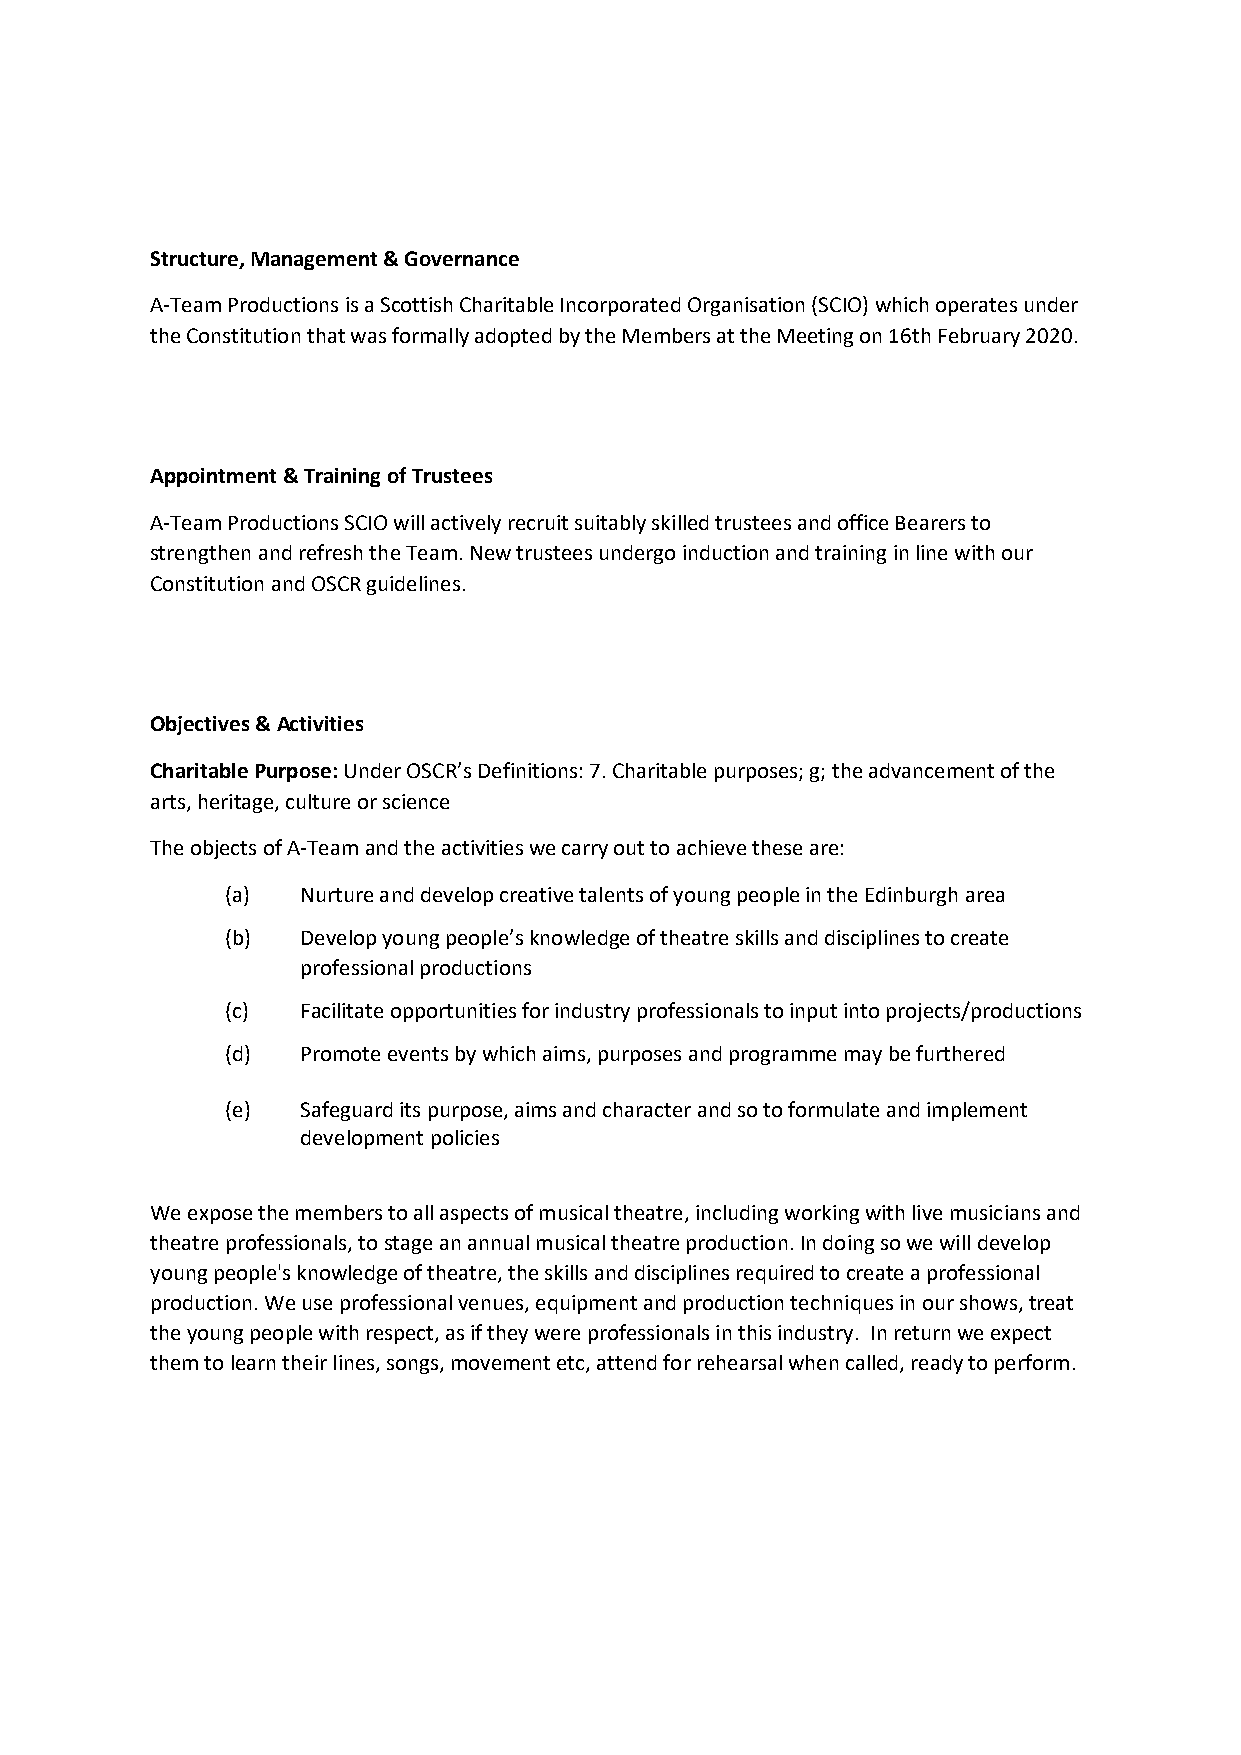
Structure, Management & Governance
 A-Team Productions is a Scottish Charitable Incorporated Organisation (SCIO) which operates under
 the Constitution that was formally adopted by the Members at the Meeting on 16th February 2020.
 Appointment & Training of Trustees
 A-Team Productions SCIO will actively recruit suitably skilled trustees and office Bearers to
 strengthen and refresh the Team. New trustees undergo induction and training in line with our
 Constitution and OSCR guidelines.
 Objectives & Activities
 Charitable Purpose: Under OSCR’s Definitions: 7. Charitable purposes; g; the advancement of the
 arts, heritage, culture or science
 The objects of A-Team and the activities we carry out to achieve these are:
 (a)  Nurture and develop creative talents of young people in the Edinburgh area
 (b)  Develop young people’s knowledge of theatre skills and disciplines to create
 professional productions
 (c)  Facilitate opportunities for industry professionals to input into projects/productions
 (d)  Promote events by which aims, purposes and programme may be furthered
 (e)  Safeguard its purpose, aims and character and so to formulate and implement
 development policies
 We expose the members to all aspects of musical theatre, including working with live musicians and
 theatre professionals, to stage an annual musical theatre production. In doing so we will develop
 young people's knowledge of theatre, the skills and disciplines required to create a professional
 production. We use professional venues, equipment and production techniques in our shows, treat
 the young people with respect, as if they were professionals in this industry. In return we expect
 them to learn their lines, songs, movement etc, attend for rehearsal when called, ready to perform.